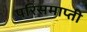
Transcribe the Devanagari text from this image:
परिसमाप्ती